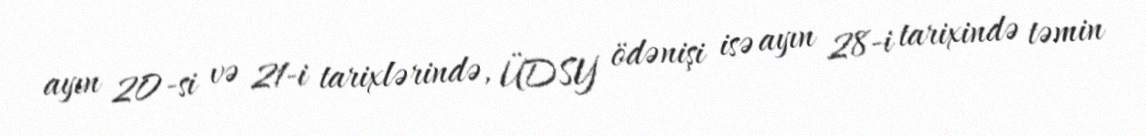
ayın 20-si və 21-i tarixlərində, ÜDSY ödənişi isə ayın 28-i tarixində təmin